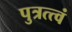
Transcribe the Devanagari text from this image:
पुत्रत्त्वं